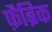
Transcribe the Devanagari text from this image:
फ़ैब्रिक